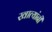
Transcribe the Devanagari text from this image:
खात्यांनी